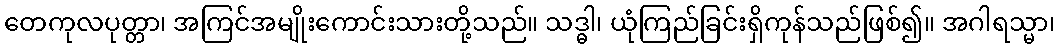
တေကုလပုတ္တာ၊ အကြင်အမျိုးကောင်းသားတို့သည်။ သဒ္ဓါ၊ ယုံကြည်ခြင်းရှိကုန်သည်ဖြစ်၍။ အဂါရသ္မာ၊